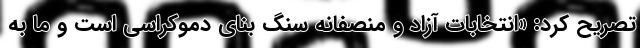
تصریح کرد: «انتخابات آزاد و منصفانه سنگ‌ بنای دموکراسی است و ما به